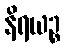
နိရယဉ္စ